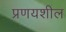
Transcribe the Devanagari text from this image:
प्रणयशील